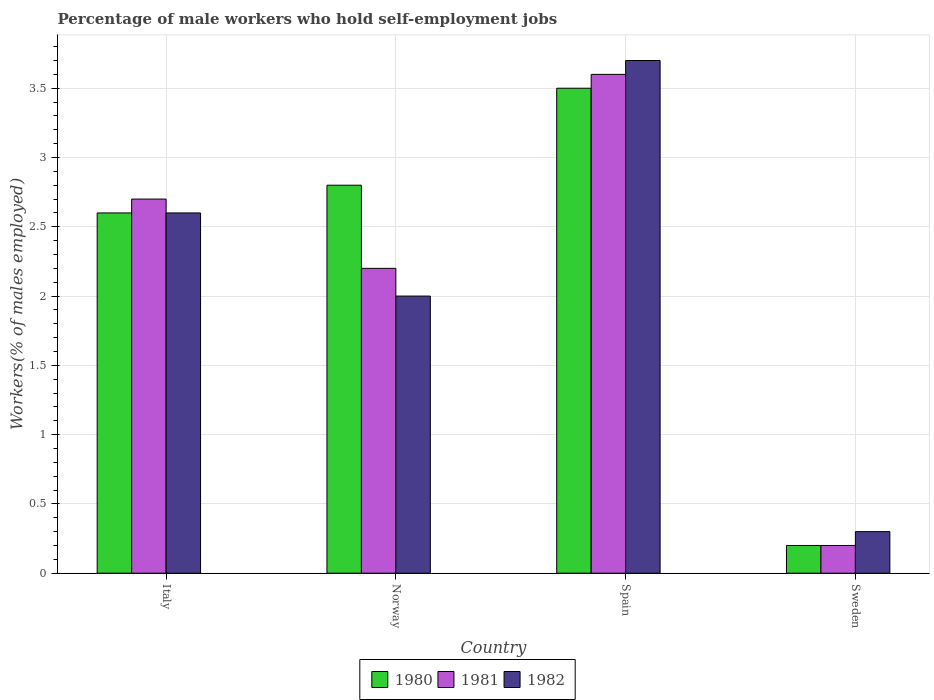
| Country | 1980 | 1981 | 1982 |
 | --- | --- | --- | --- |
 | Italy | 2.6 | 2.7 | 2.6 |
 | Norway | 2.8 | 2.2 | 2 |
 | Spain | 3.5 | 3.6 | 3.7 |
 | Sweden | 0.2 | 0.2 | 0.3 |